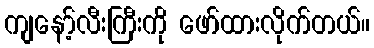
ကျနော့်လီးကြီးကို ဖော်ထားလိုက်တယ်။